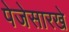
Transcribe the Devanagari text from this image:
पेजेसारखे